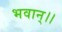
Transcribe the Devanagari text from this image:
भवान्।।